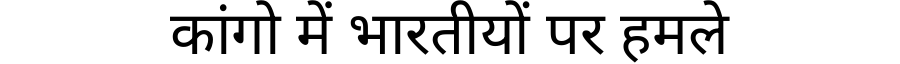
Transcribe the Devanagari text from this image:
कांगो में भारतीयों पर हमले